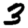
Digit: 3